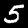
Label: 5